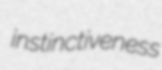
instinctiveness